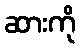
ဆားကို